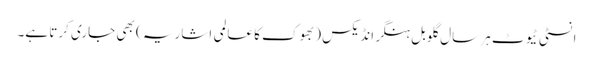
انسٹی ٹیوٹ ہر سال گلوبل ہنگر انڈیکس ( بھوک کا عالمی اشاریہ ) بھی جاری کرتا ہے۔